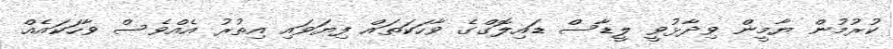
ކުރުމުން ޔާމީން ވިދާޅުވީ ލީޑާސް ޑައިލޮގްގެ ވާހަކަތައް ފިޔަވައި އިތުރު އެއްވެސް ވާހަކައެއް